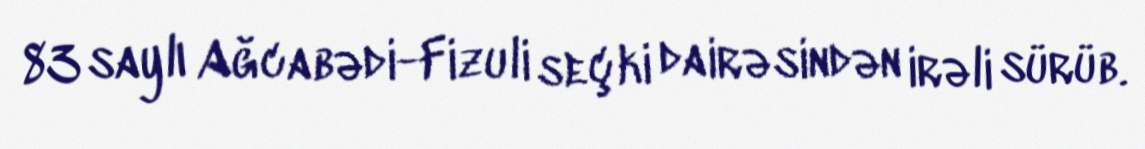
83 saylı Ağcabədi-Fizuli seçki dairəsindən irəli sürüb.